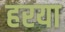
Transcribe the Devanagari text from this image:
हरया